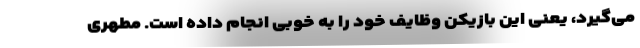
می‌گیرد، یعنی این بازیکن وظایف خود را به خوبی انجام داده است. مطهری